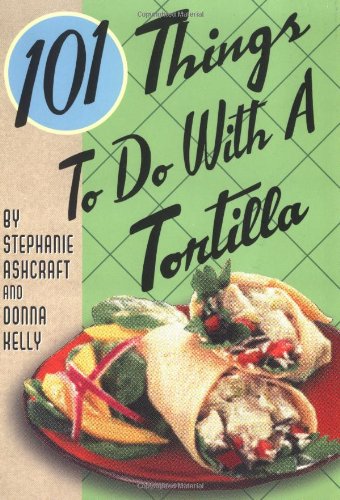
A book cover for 101 Things to Do with a Tortilla; Stephanie Ashcraft; Cookbooks, Food & Wine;